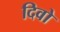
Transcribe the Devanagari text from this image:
दिवो